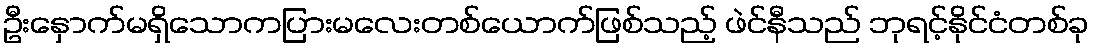
ဦးနှောက်မရှိသောကပြားမလေးတစ်ယောက်ဖြစ်သည့် ဖဲင်နီသည် ဘုရင့်နိုင်ငံတစ်ခု